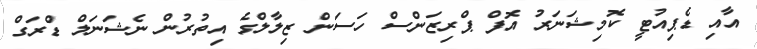
އާއި ޑެޕިއުޓީ ކޮމިޝަނަރު އޮފް ޕްރިޒަންސް ހަސަން ޒިލާލްގެ އިތުރުން ނެޝަނަލް ޑްރަގް